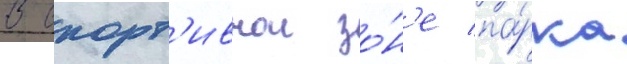
В спорт'ивнои зо́н'е па́рка